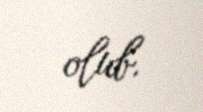
olub.